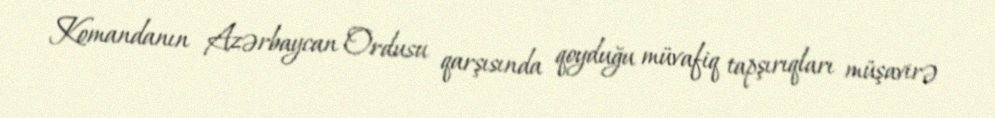
Komandanın Azərbaycan Ordusu qarşısında qoyduğu müvafiq tapşırıqları müşavirə